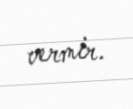
vermir.